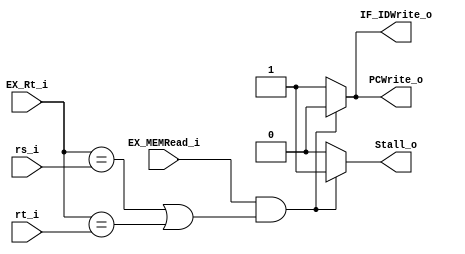
//Subject:     CO project 5 - Hazard_Dection_Unit
//--------------------------------------------------------------------------------
//Version:     1
//--------------------------------------------------------------------------------
//Writer:       0340249
//----------------------------------------------
//----------------------------------------------
//Description: 
//--------------------------------------------------------------------------------

module Hazard_Dection_Unit(
    	rs_i,
		rt_i,
		EX_Rt_i,
		EX_MEMRead_i,
		PCWrite_o,
		IF_IDWrite_o,
		Stall_o
);
     
//I/O ports
input  [5-1:0]   rs_i;
input  [5-1:0]	 rt_i;
input  [5-1:0]	 EX_Rt_i;
input  			 EX_MEMRead_i;

output  		 PCWrite_o;
output  		 IF_IDWrite_o;
output  		 Stall_o;

//Internal Signals
reg  		 	 PCWrite_o;
reg  		 	 IF_IDWrite_o;
reg  		 	 Stall_o;

//Parameter
    
//Main function
always @(*) begin
	if ( EX_MEMRead_i && (EX_Rt_i == rs_i || EX_Rt_i == rt_i) ) begin
		PCWrite_o = 0;
		IF_IDWrite_o = 0;
		Stall_o = 1;
		//$display("stall!!");
	end else begin
		PCWrite_o = 1;
		IF_IDWrite_o = 1;
		Stall_o = 0;
	end
end

endmodule